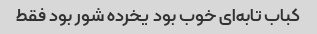
کباب تابه‌ای خوب بود یخرده شور بود فقط